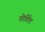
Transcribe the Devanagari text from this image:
गोर्डिए